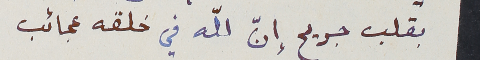
بقلب جريح إنّ لله في خلقه عجائب